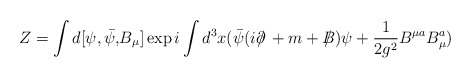
\begin{align*}Z = \int d[\psi, \bar{\psi,}B_{\mu}]\exp i \int d^{3}x(\bar{\psi}(i\partial\!\!\!/\, + m + B\!\!\!\!/\,)\psi +\frac{1}{2g^{2}} B^{\mu a} B^{a}_{\mu}) \end{align*}